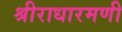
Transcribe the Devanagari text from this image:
श्रीराधारमणी